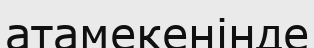
атамекенінде